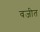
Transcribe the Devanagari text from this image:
वजीत